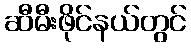
ဆီမီးဖိုင်နယ်တွင်